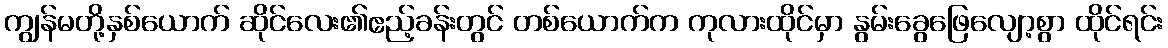
ကျွန်မတို့နှစ်ယောက် ဆိုင်လေး၏ဧည့်ခန်းတွင် တစ်ယောက်က ကုလားထိုင်မှာ နွမ်းခွေဖြေလျော့စွာ ထိုင်ရင်း